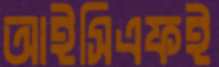
আইসিএফই